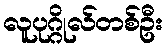
လူပုဂ္ဂိုလ်တစ်ဦး